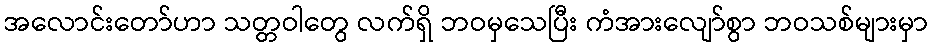
အလောင်းတော်ဟာ သတ္တဝါတွေ လက်ရှိ ဘဝမှသေပြီး ကံအားလျော်စွာ ဘဝသစ်များမှာ